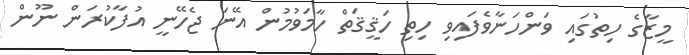
މީޒާގެ ހިތުގައި ވަންހަނާވެފައިވި ހިތި ހަޤީޤަތް ހާމަވުމުން އޭނަ ޖެހޭނީ އުފާކުރަން ނޫން